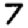
Digit: 7